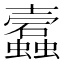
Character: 蠧